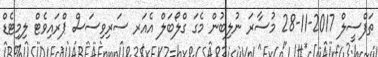
ތަފްސީލް 2017-11-28 މުސާރަ ނުލިބުން މެގަ ގްލޯބަލް އެއަރ ސަރިވިސަސް ޕްރައިވެޓް ލިމިޓެޑް